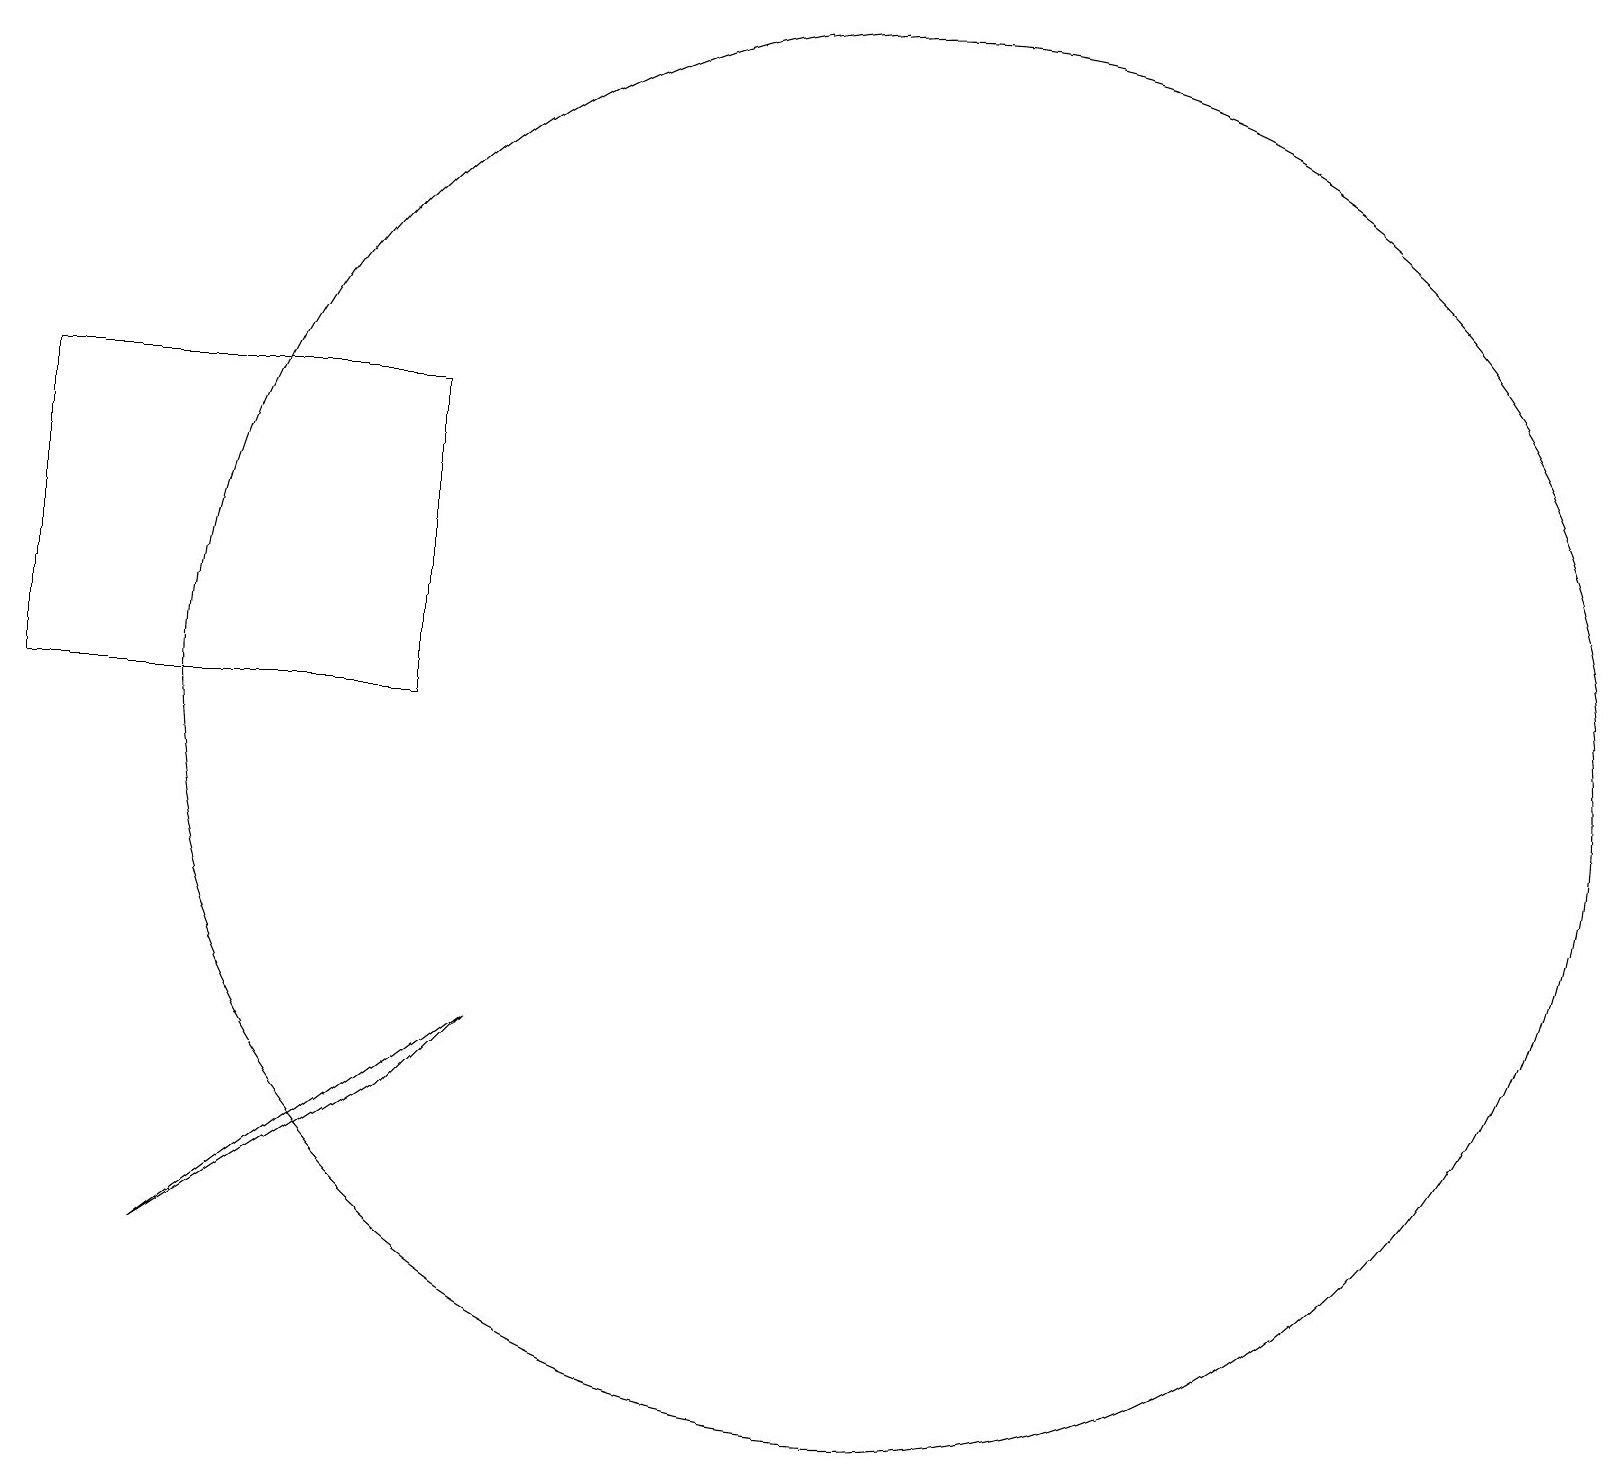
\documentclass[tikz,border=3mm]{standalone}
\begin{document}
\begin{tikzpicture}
\draw (12,11) circle (9);
\draw (1,11) rectangle (6,15);
\draw (3,4) -- (7,7) -- (6,6) -- cycle;
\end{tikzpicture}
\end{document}